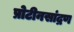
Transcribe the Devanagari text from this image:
प्रोटीनसांद्रण